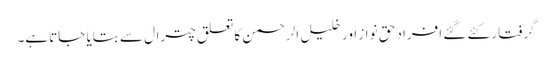
گرفتار کئے گئے افراد حق نواز اور خلیل الرحمن کا تعلق چترال سے بتایا جاتاہے۔